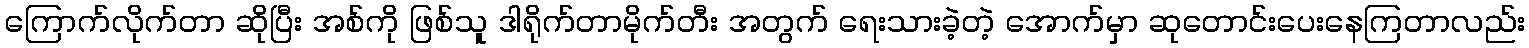
ကြောက်လိုက်တာ ဆိုပြီး အစ်ကို ဖြစ်သူ ဒါရိုက်တာမိုက်တီး အတွက် ရေးသားခဲ့တဲ့ အောက်မှာ ဆုတောင်းပေးနေကြတာလည်း